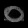
Digit: ၀